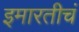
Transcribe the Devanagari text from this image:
इमारतीचं